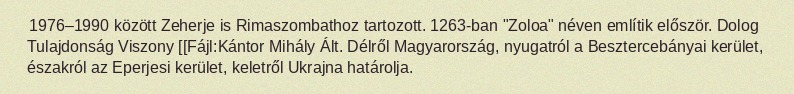
1976–1990 között Zeherje is Rimaszombathoz tartozott. 1263-ban "Zoloa" néven említik először. Dolog Tulajdonság Viszony [[Fájl:Kántor Mihály Ált. Délről Magyarország, nyugatról a Besztercebányai kerület, északról az Eperjesi kerület, keletről Ukrajna határolja.